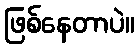
ဖြစ်နေတာပဲ။